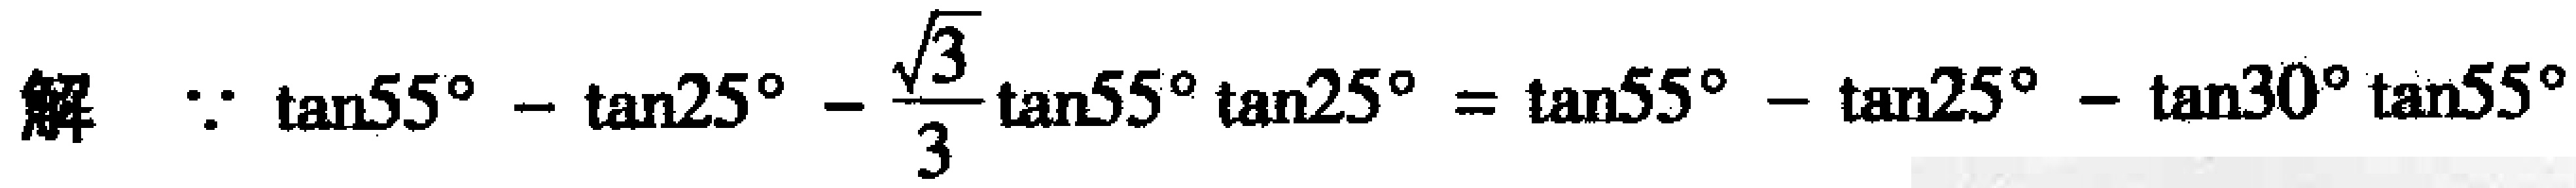
解 $\because \tan55^{\circ}-\tan25^{\circ}-\frac{\sqrt{3}}{3}\tan55^{\circ}\tan25^{\circ}=\tan55^{\circ}-\tan25^{\circ}-\tan30^{\circ}\tan55^{\circ}$